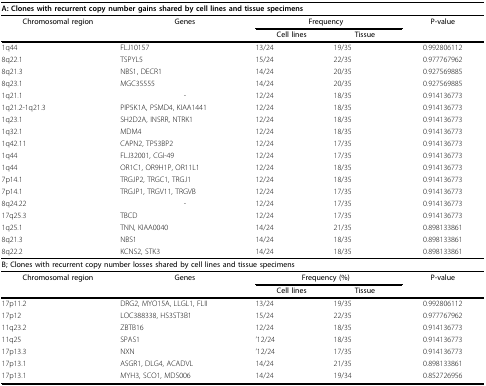
<table><thead><tr><td colspan="5"><b>A: Clones with recurrent copy number gains shared by cell lines and tissue specimens</b></td></tr></thead><tbody><tr><td><b>Chromosomal region</b></td><td><b>Genes</b></td><td colspan="2"><b>Frequency</b></td><td><b>P-value</b></td></tr><tr><td></td><td></td><td><b>Cell lines</b></td><td><b>Tissue</b></td><td></td></tr><tr><td>1q44</td><td>FLJ10157</td><td>13/24</td><td>19/35</td><td>0.992806112</td></tr><tr><td>8q22.1</td><td>TSPYL5</td><td>15/24</td><td>22/35</td><td>0.977767962</td></tr><tr><td>8q21.3</td><td>NBS1, DECR1</td><td>14/24</td><td>20/35</td><td>0.927569885</td></tr><tr><td>8q23.1</td><td>MGC35555</td><td>14/24</td><td>20/35</td><td>0.927569885</td></tr><tr><td>1q21.1</td><td>-</td><td>12/24</td><td>18/35</td><td>0.914136773</td></tr><tr><td>1q21.2-1q21.3</td><td>PIP5K1A, PSMD4, KIAA1441</td><td>12/24</td><td>18/35</td><td>0.914136773</td></tr><tr><td>1q23.1</td><td>SH2D2A, INSRR, NTRK1</td><td>12/24</td><td>18/35</td><td>0.914136773</td></tr><tr><td>1q32.1</td><td>MDM4</td><td>12/24</td><td>18/35</td><td>0.914136773</td></tr><tr><td>1q42.11</td><td>CAPN2, TP53BP2</td><td>12/24</td><td>17/35</td><td>0.914136773</td></tr><tr><td>1q44</td><td>FLJ32001, CGI-49</td><td>12/24</td><td>17/35</td><td>0.914136773</td></tr><tr><td>1q44</td><td>OR1C1, OR9H1P, OR11L1</td><td>12/24</td><td>18/35</td><td>0.914136773</td></tr><tr><td>7p14.1</td><td>TRGJP2, TRGC1, TRGJ1</td><td>12/24</td><td>18/35</td><td>0.914136773</td></tr><tr><td>7p14.1</td><td>TRGJP1, TRGV11, TRGVB</td><td>12/24</td><td>17/35</td><td>0.914136773</td></tr><tr><td>8q24.22</td><td>-</td><td>12/24</td><td>17/35</td><td>0.914136773</td></tr><tr><td>17q25.3</td><td>TBCD</td><td>12/24</td><td>17/35</td><td>0.914136773</td></tr><tr><td>1q25.1</td><td>TNN, KIAA0040</td><td>14/24</td><td>21/35</td><td>0.898133861</td></tr><tr><td>8q21.3</td><td>NBS1</td><td>14/24</td><td>18/35</td><td>0.898133861</td></tr><tr><td>8q22.2</td><td>KCNS2, STK3</td><td>14/24</td><td>18/35</td><td>0.898133861</td></tr><tr><td colspan="5"><b>B; Clones with recurrent copy number losses shared by cell lines and tissue specimens</b></td></tr><tr><td><b>Chromosomal region</b></td><td><b>Genes</b></td><td colspan="2"><b>Frequency (%)</b></td><td><b>P-value</b></td></tr><tr><td></td><td></td><td><b>Cell lines</b></td><td><b>Tissue</b></td><td></td></tr><tr><td>17p11.2</td><td>DRG2, MYO15A, LLGL1, FLII</td><td>13/24</td><td>19/35</td><td>0.992806112</td></tr><tr><td>17p12</td><td>LOC388338, HS3ST3B1</td><td>15/24</td><td>22/35</td><td>0.977767962</td></tr><tr><td>11q23.2</td><td>ZBTB16</td><td>12/24</td><td>18/35</td><td>0.914136773</td></tr><tr><td>11q25</td><td>SPAS1</td><td>&#x27;12/24</td><td>18/35</td><td>0.914136773</td></tr><tr><td>17p13.3</td><td>NXN</td><td>&#x27;12/24</td><td>17/35</td><td>0.914136773</td></tr><tr><td>17p13.1</td><td>ASGR1, DLG4, ACADVL</td><td>14/24</td><td>21/35</td><td>0.898133861</td></tr><tr><td>17p13.1</td><td>MYH3, SCO1, MDS006</td><td>14/24</td><td>19/34</td><td>0.852726956</td></tr></tbody></table>